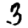
Digit: 3